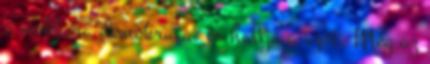
ő mekkora demokrata, és hallja a szót. Még az